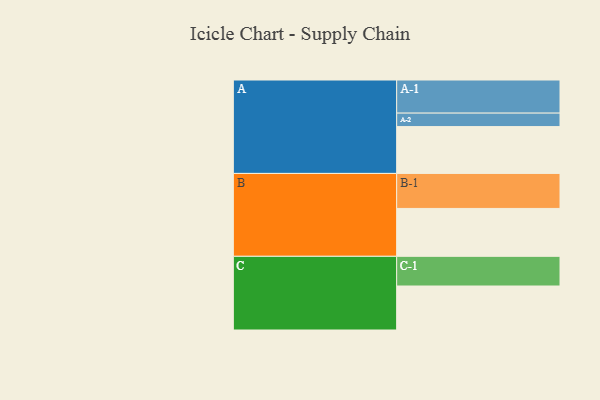
{"axis": {"x": "Segment", "y": "Value"}, "legend": ["", "A", "B", "C"], "data": [{"x": "A", "y": 396, "type": ""}, {"x": "B", "y": 405, "type": ""}, {"x": "C", "y": 372, "type": ""}, {"x": "A-1", "y": 280, "type": "A"}, {"x": "A-2", "y": 114, "type": "A"}, {"x": "B-1", "y": 296, "type": "B"}, {"x": "C-1", "y": 251, "type": "C"}]}